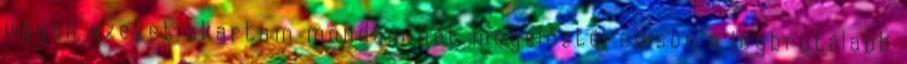
ugyan ezeket akartam mondani hát megelőztél edison a legbrutálabb